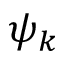
\psi _ { k }